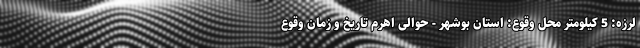
‌لرزه: 5 کیلومتر محل وقوع: استان بوشهر - حوالی اهرم تاریخ و زمان وقوع